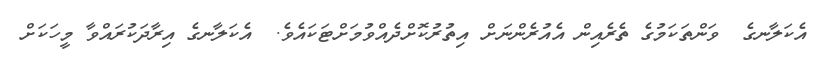
އެކަލާނގެ  ވަންތަކަމުގެ ތެރެއިން އެއުރެންނަށް އިތުރުކޮށްދެއްވުމަށްޓަކައެވެ.  އެކަލާނގެ އިރާދަކުރައްވާ މީހަކަށް